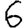
Digit: 6